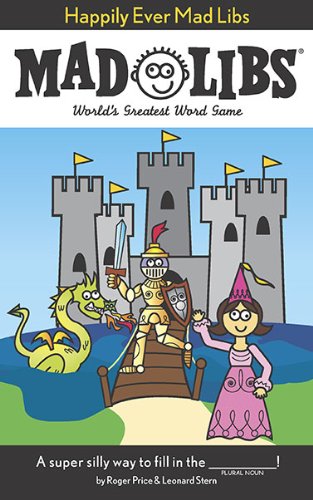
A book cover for Happily Ever Mad Libs; Roger Price; Children's Books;